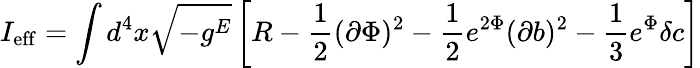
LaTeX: I_{\mathrm{eff}}=\int d^{4}x\sqrt{-g^{E}}\left[R-\frac{1}{2}(\partial\Phi)^{2}-\frac{1}{2}e^{2\Phi}(\partial b)^{2}-\frac{1}{3}e^{\Phi}\delta c\right]